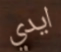
ايدي